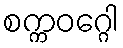
စက္ကဝဂ္ဂေါ